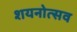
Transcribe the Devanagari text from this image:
शयनोत्सव